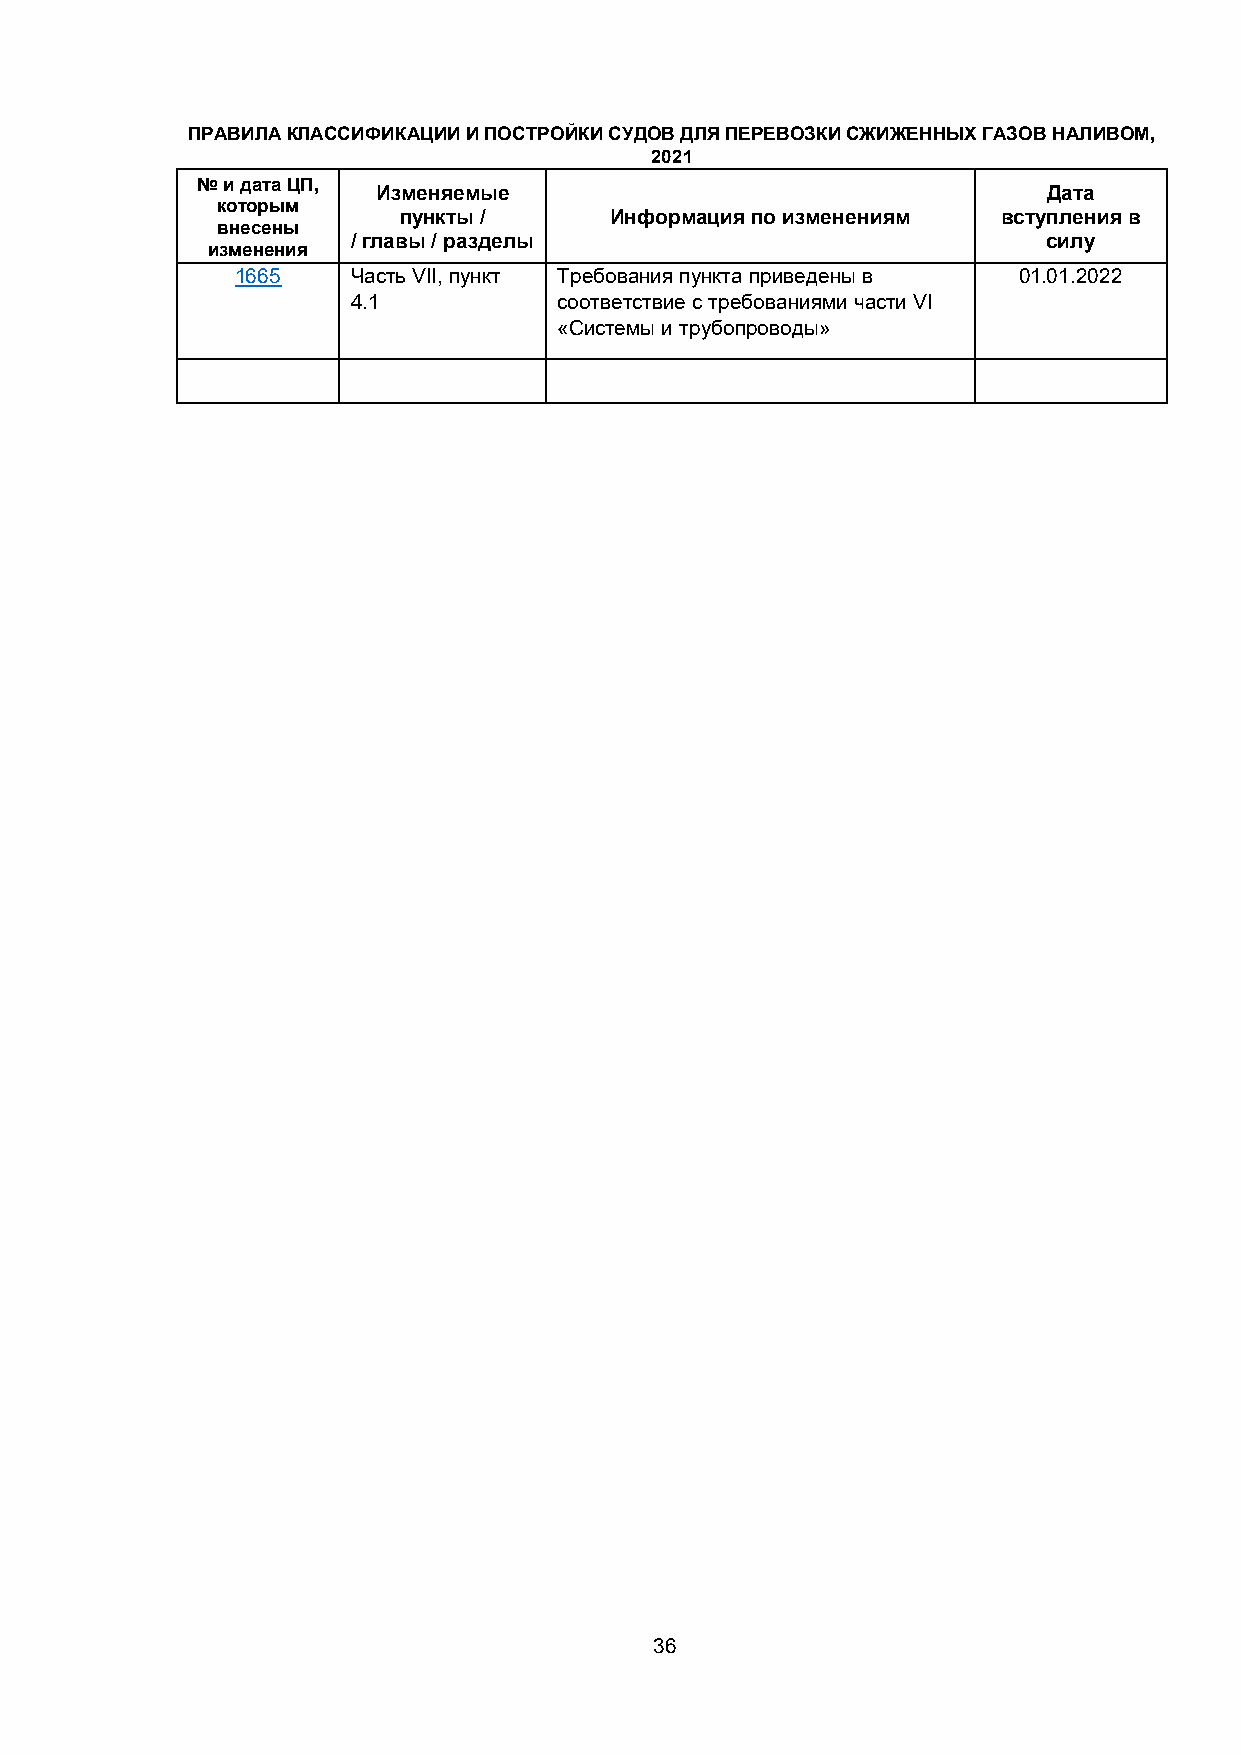
ПРАВИЛА КЛАССИФИКАЦИИ И ПОСТРОЙКИ СУДОВ ДЛЯ ПЕРЕВОЗКИ СЖИЖЕННЫХ ГАЗОВ НАЛИВОМ,
 2021
 № и дата ЦП,
 Изменяемые                                  Дата
 которым
 пункты /      Информация по изменениям  вступления в
 внесены
 / главы / разделы                             силу
 изменения
 1665   Часть VII, пункт Требования пункта приведены в 01.01.2022
 4.1           соответствие с требованиями части VI
 «Системы и трубопроводы»
 36